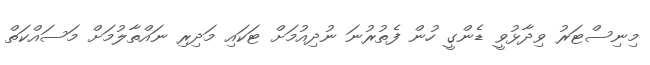
މިނިސްޓަރު ވިދާޅުވީ ޑެންގީ ހުން ފެތުރުނަ ނުދިއުމަށް ޓަކައި މަދިރި ނައްތާލުމަށް މަސައްކަތް